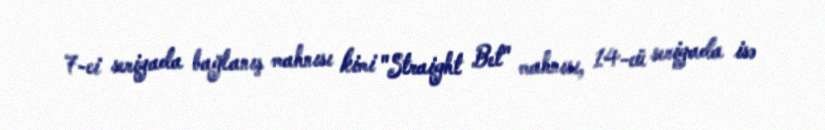
7-ci seriyada bağlanış mahnısı kimi "Straight Bet" mahnısı, 14-cü seriyada isə